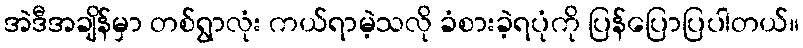
အဲဒီအချိန်မှာ တစ်ရွာလုံး ကယ်ရာမဲ့သလို ခံစားခဲ့ရပုံကို ပြန်ပြောပြပါတယ်။